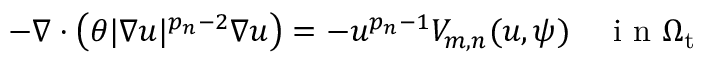
- \nabla \cdot \left( \theta | \nabla u | ^ { p _ { n } - 2 } \nabla u \right) = - u ^ { p _ { n } - 1 } V _ { m , n } ( u , \psi ) \quad \mathrm { ~ i ~ n ~ } \Omega _ { \mathrm { t } }